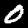
Label: 0